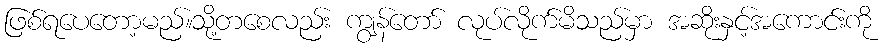
ဖြစ်ရပေတော့မည်။သို့တစေလည်း ကျွန်တော် လုပ်လိုက်မိသည်မှာ အဆိုးနှင့်အကောင်းကို